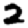
Digit: 2